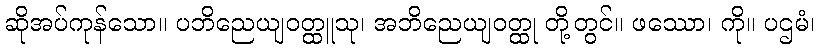
ဆိုအပ်ကုန်သော။ ပဘိညေယျဝတ္ထူသု၊ အဘိညေယျဝတ္ထု တို့တွင်။ ဖဿော၊ ကို။ ပဌမံ၊